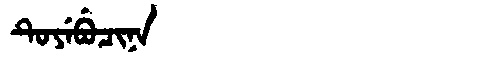
Manchu: ᡨᡠᠶᡝᠪᡠᠴᡳᠨᠠ
Romanization: TUYEBUCINA